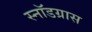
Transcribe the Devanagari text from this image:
स्नॉडग्रास